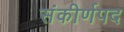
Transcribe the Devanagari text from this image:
संकीर्णपद